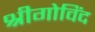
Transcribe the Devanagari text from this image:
श्रीगोविंद